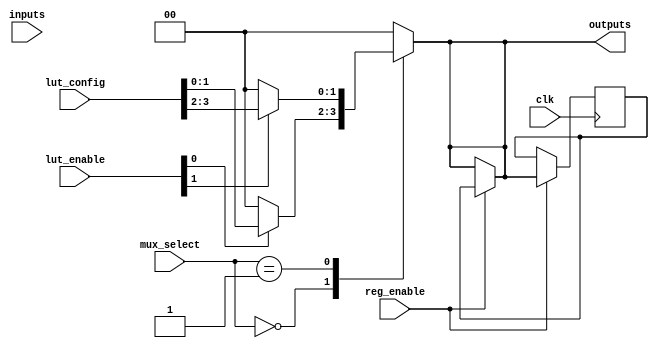
module CLB #(
    parameter NUM_LUTS = 2,    // Number of LUTs in the CLB
    parameter INPUT_WIDTH = 4,  // Width of input lines
    parameter OUTPUT_WIDTH = 2   // Width of output lines
)(
    input  wire [INPUT_WIDTH-1:0]  inputs,          // Input lines
    input  wire [NUM_LUTS-1:0]      lut_enable,      // Control signals to enable LUTs
    input  wire [NUM_LUTS*OUTPUT_WIDTH-1:0] lut_config, // Configuration memory for LUTs
    input  wire [NUM_LUTS-1:0]      mux_select,      // Control signals for MUX
    input  wire                      clk,              // Clock for optional registers
    input  wire                      reg_enable,       // Enable signal for registers
    output reg [OUTPUT_WIDTH-1:0]   outputs           // Output lines
);

    // Internal LUT outputs
    wire [OUTPUT_WIDTH-1:0] lut_outputs[0:NUM_LUTS-1];

    // Generate LUTs
    genvar i;
    generate
        for (i = 0; i < NUM_LUTS; i = i + 1) begin: lut_gen
            // 4-input LUT implementation
            assign lut_outputs[i] = lut_enable[i] ? lut_config[i*OUTPUT_WIDTH +: OUTPUT_WIDTH] : {OUTPUT_WIDTH{1'b0}};
        end
    endgenerate

    // MUX logic to select outputs from LUTs
    always @(*) begin
        case (mux_select)
            2'b00: outputs = lut_outputs[0];
            2'b01: outputs = lut_outputs[1];
            default: outputs = {OUTPUT_WIDTH{1'b0}};
        endcase
    end

    // Optional registers for storing outputs
    reg [OUTPUT_WIDTH-1:0] reg_outputs;
    always @(posedge clk) begin
        if (reg_enable) begin
            reg_outputs <= outputs;  // Store output in register
        end
    end

    // Final output assignment
    assign outputs = reg_enable ? reg_outputs : outputs;

endmodule